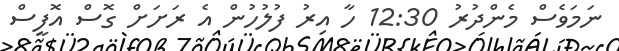
ނަމަވެސް މެންދުރު 12:30 ހާ އިރު ފުލުހުން އެ ރަށަށް ގޮސް އޮފީސް